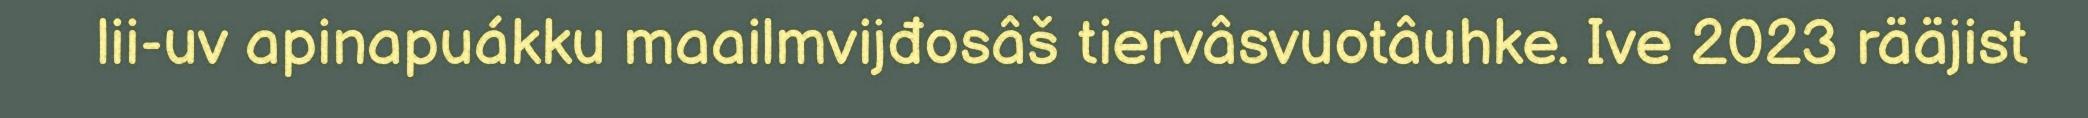
lii-uv apinapuákku maailmvijđosâš tiervâsvuotâuhke. Ive 2023 rääjist